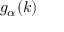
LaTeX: g _ { \alpha } ( k )